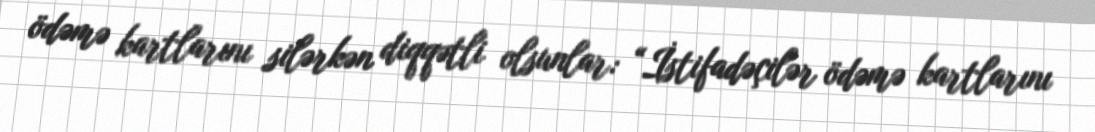
ödəmə kartlarını silərkən diqqətli olsunlar: “İstifadəçilər ödəmə kartlarını